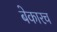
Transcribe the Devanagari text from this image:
बेकारच